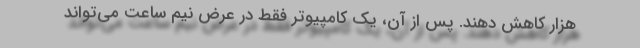
هزار کاهش دهند. پس از آن، یک کامپیوتر فقط در عرض نیم ساعت می‌تواند